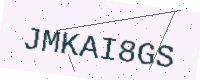
Text: JMKAI8GS